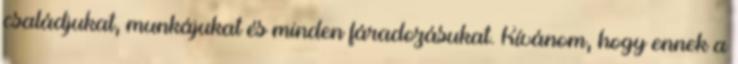
családjukat, munkájukat és minden fáradozásukat. Kívánom, hogy ennek a